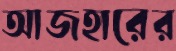
আজহারের